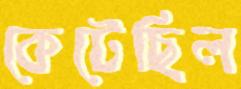
কেটেছিল